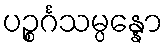
ပဉ္စင်္ဂသမ္ပန္နော